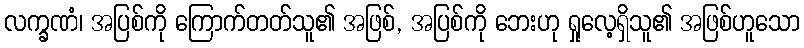
လက္ခဏံ၊ အပြစ်ကို ကြောက်တတ်သူ၏ အဖြစ်, အပြစ်ကို ဘေးဟု ရှုလေ့ရှိသူ၏ အဖြစ်ဟူသော